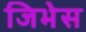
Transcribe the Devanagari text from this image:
जिभेस